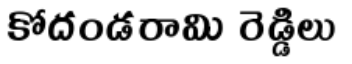
కోదండరామి రెడ్డిలు